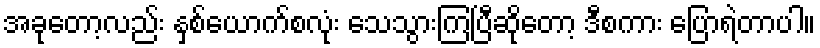
အခုတော့လည်း နှစ်ယောက်စလုံး သေသွားကြပြီဆိုတော့ ဒီစကား ပြောရဲတာပါ။